Vaccination in the Punjab 1919-1929 - 1919-1929
Year: 1919
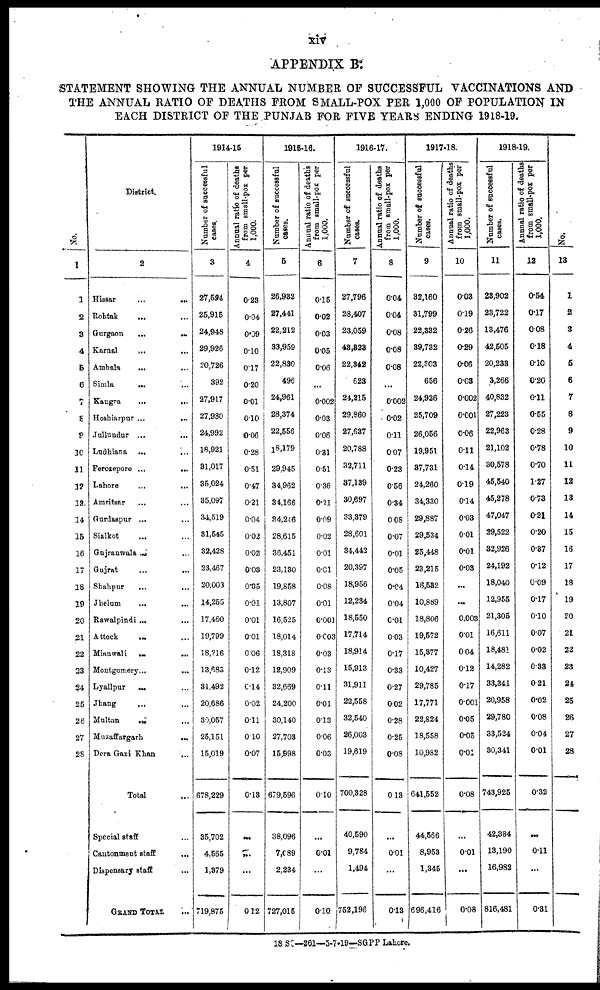
xiv
APPENDIX B:
STATEMENT SHOWING THE ANNUAL NUMBER OF SUCCESSFUL VACCINATIONS AND
THE ANNUAL RATIO OF DEATHS FROM SMALL-POX PER 1,000 OF POPULATION IN
EACH DISTRICT OF THE PUNJAB FOR FIVE YEARS ENDING 1918-19.
No.
1
1
2
3
4
5
6
7
8
9
10
11
12
13
14
15
16
17
18
19
20
21
22
23
24
25
26
27
28
District.
2
Hissar
...
...
Rohtak ... ...
Gurgaon
...
...
Karnal ... ...
Ambala ... ...
Simla ... ...
Kangra
...
...
Hoshiarpur
...
...
Jullundur ... ...
Ludhiana ... ...
Ferozepore ... ...
Lahore ... ...
Amritsar ... ...
Gurdaspur ... ...
Sialkot ... ...
Gujranwala ... ...
Gujrat ... ...
Shahpur ... ...
Jhelum
...
...
Rawalpindi ... ...
Attock ... ...
Mianwali
...
...
Montgomery
...
...
Lyallpur ... ...
Jhang ... ...
Multan ... ...
Muzaffargarh
...
...
Dera Gazi Khan ...
Total ...
Special staff ...
Cantonment staff
...
Dispensary staff ...
GRAND TOTAL ...
1914-15
Number of successful
cases.
3
27,594
25,915
24,948
29,926
20,726
392
27,917
27,980
24,992
18,921
31,017
35,024
35,097
34,519
31,545
32,428
23,467
20,003
14,255
17,460
19,799
18,216
13,683
31,492
20,686
30,057
25,151
15,019
678,229
35,702
4,565
1,379
719,875
Annual ratio of deaths
from small-pox per
1,000.
4
0.23
0.04
0.09
0.10
0.17
0.20
0.01
0.10
0.06
0.28
0.51
0.47
0.21
0.04
0.02
0.02
0.03
0.05
0.01
0.01
0.01
0.06
0.12
0.14
0.02
0.11
0.10
0.07
0.13
...
...
...
0.12
1915-16.
Number of successful
cases.
5
26,932
27,441
22,212
33,959
22,830
496
24,961
28,374
22,556
18,179
29,945
34,962
34,166
34,246
28,615
36,451
23,130
19,858
13,807
16,525
18,014
18,318
12,909
32,669
24,200
30,140
27,703
15,998
679,596
38,096
7,089
2,234
727,015
Annual ratio of deaths
from small-pox per
1,000.
6
0.15
0.02
0.03
0.05
0.06
...
0.002
0.03
0.06
0.31
0.51
0.36
0.21
0.09
0.02
0.01
0.01
0.08
0.01
0.001
0.003
0.03
0.13
0.11
0.01
0.13
0.06
0.03
0.10
...
0.01
...
0.10
1916-17.
Number of successful
cases.
7
27,796
28,407
23,059
43,323
22,342
623
24,215
29,860
27,637
20,788
32,711
37,139
30,697
33,379
28,601
34,442
20,397
18,956
12,234
18,550
17,714
18,914
15,913
31,911
22,558
32,540
26,003
19,619
700,328
40,590
9,784
1,494
752,196
Annual ratio of deaths
from small-pox per
1,000.
8
0.04
0.04
0.08
0.08
0.08
...
0.002
0.02
0.11
0.07
0.23
0.56
0.34
0.08
0.07
0.01
0.05
0.04
0.04
0.01
0.03
0.17
0.33
0.27
0.02
0.28
0.25
0.08
0.13
...
0.01
...
0.13
1917-18.
Number of successful
cases.
9
32,160
31,799
22,332
39,732
22,303
656
24,926
25,709
26,056
19,951
37,731
24,260
34,330
29,887
29,534
25,448
23,215
16,532
10,889
18,806
19,572
15,377
10,427
29,785
17,771
22,824
18,558
10,982
641,552
44,566
8,953
1,345
696,416
Annual ratio of deaths
from small-pox per
1,000.
10
0.03
0.19
0.26
0.29
0.06
0.03
0.002
0.001
0.06
0.11
0.14
0.19
0.14
0.03
0.01
0.01
0.03
...
...
0.003
0.01
0.04
0.12
0.17
0.001
0.05
0.05
0.01
0.08
...
0.01
...
0.08
1918-19.
Number of successful
cases.
11
23,902
23,722
13,476
42,505
20,233
3,266
40,832
27,223
22,963
21,102
30,578
45,540
45,278
47,047
29,522
32,926
24,192
18,040
12,955
21,305
16,611
18,481
14,282
33,341
20,958
29,780
33,524
30,341
743,925
42,384
13,190
16,982
816,481
Annual ratio of deaths
from small-pox per
1,000.
12
0.54
0.17
0.08
0.18
0.10
0.20
0.11
0.55
0.28
0.78
0.70
1.27
0.73
0.21
0.20
0.37
0.12
0.09
0.17
0.10
0.07
0.02
0.33
0.21
0.02
0.08
0.04
0.01
0.32
...
0.11
...
0.31
No.
13
1
2
3
4
5
6
7
8
9
10
11
12
13
14
15
16
17
18
19
20
21
22
23
24
25
26
27
28
18 SC—261—3-7-19—SGPP Lahore.